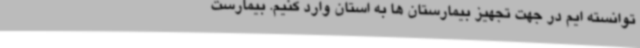
توانسته ایم در جهت تجهیز بیمارستان ها به استان وارد کنیم. بیمارست